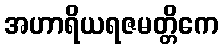
အဟာရိယရဇမတ္တိကေ